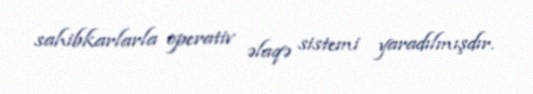
sahibkarlarla operativ əlaqə sistemi yaradılmışdır.